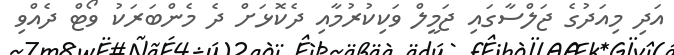
އަދި މިއަދުގެ ޖަލްސާގައި ޖަމީލް ވަކިކުރުމާއި ދެކޮޅަށް ދެ މެންބަރަކު ވޯޓް ދެއްވި